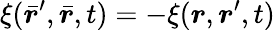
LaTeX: \xi(\bar{\boldsymbol{r}}^{\prime},\bar{\boldsymbol{r}},t)=-\xi(\boldsymbol{r},\boldsymbol{r}^{\prime},t)